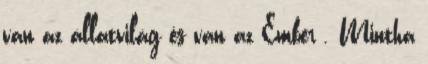
van az állatvilág és van az Ember . Mintha